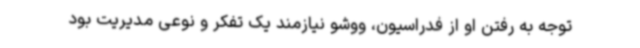
توجه به رفتن او از فدراسیون، ووشو نیازمند یک تفکر و نوعی مدیریت بود